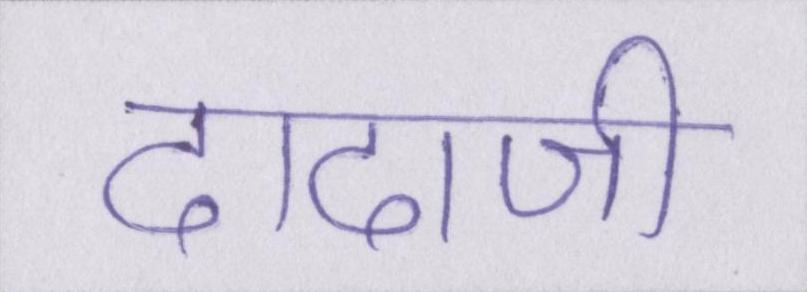
दादाजी